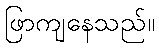
ဖြာကျနေသည်။